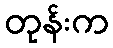
တုန်းက